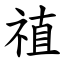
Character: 禃